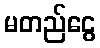
မတည်ငွေ